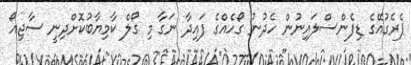
ޕެރެގުއޭގެ ޑިފެންސްލައިނުން ހެދުނު ގޯހެއްގެ ފައިދާ ނަގާ މި ގޯލް ކާމިޔާބުކޮށްދިނީ ސާޖިއޯ